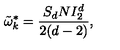
\tilde { \omega } _ { k } ^ { * } = \frac { S _ { d } N I _ { 2 } ^ { d } } { 2 ( d - 2 ) } ,